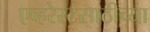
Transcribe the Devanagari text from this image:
एव्हरेस्टसाठीच्या